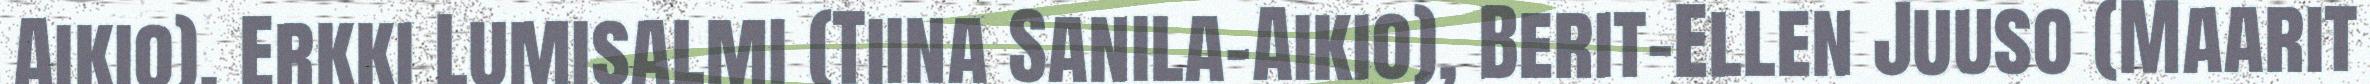
Aikio), Erkki Lumisalmi (Tiina Sanila-Aikio), Berit-Ellen Juuso (Maarit